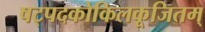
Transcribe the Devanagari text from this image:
षट्पदकोकिलकूजितम्